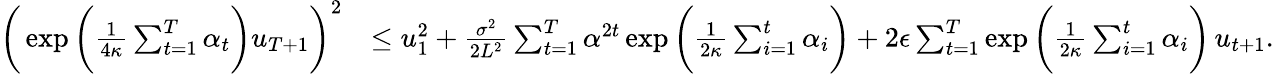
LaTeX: \begin{array}{rl}{\bigg(\exp\bigg(\frac{1}{4\kappa}\sum_{t=1}^{T}{\alpha_{t}}\bigg)u_{T+1}\bigg)^{2}}&{\leq u_{1}^{2}+\frac{\sigma^{2}}{2L^{2}}\sum_{t=1}^{T}{\alpha^{2t}}\exp\bigg(\frac{1}{2\kappa}\sum_{i=1}^{t}\alpha_{i}\bigg)+2\epsilon\sum_{t=1}^{T}\exp\bigg(\frac{1}{2\kappa}\sum_{i=1}^{t}\alpha_{i}\bigg)\, u_{t+1}.}\end{array}